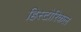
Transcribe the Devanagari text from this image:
हिस्‍टोरिकल